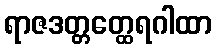
ရာဇဒတ္တတ္ထေရဂါထာ